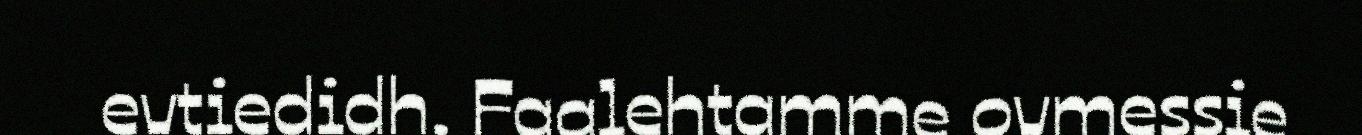
evtiedidh. Faalehtamme ovmessie